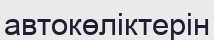
автокөліктерін